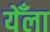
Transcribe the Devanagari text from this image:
येँला